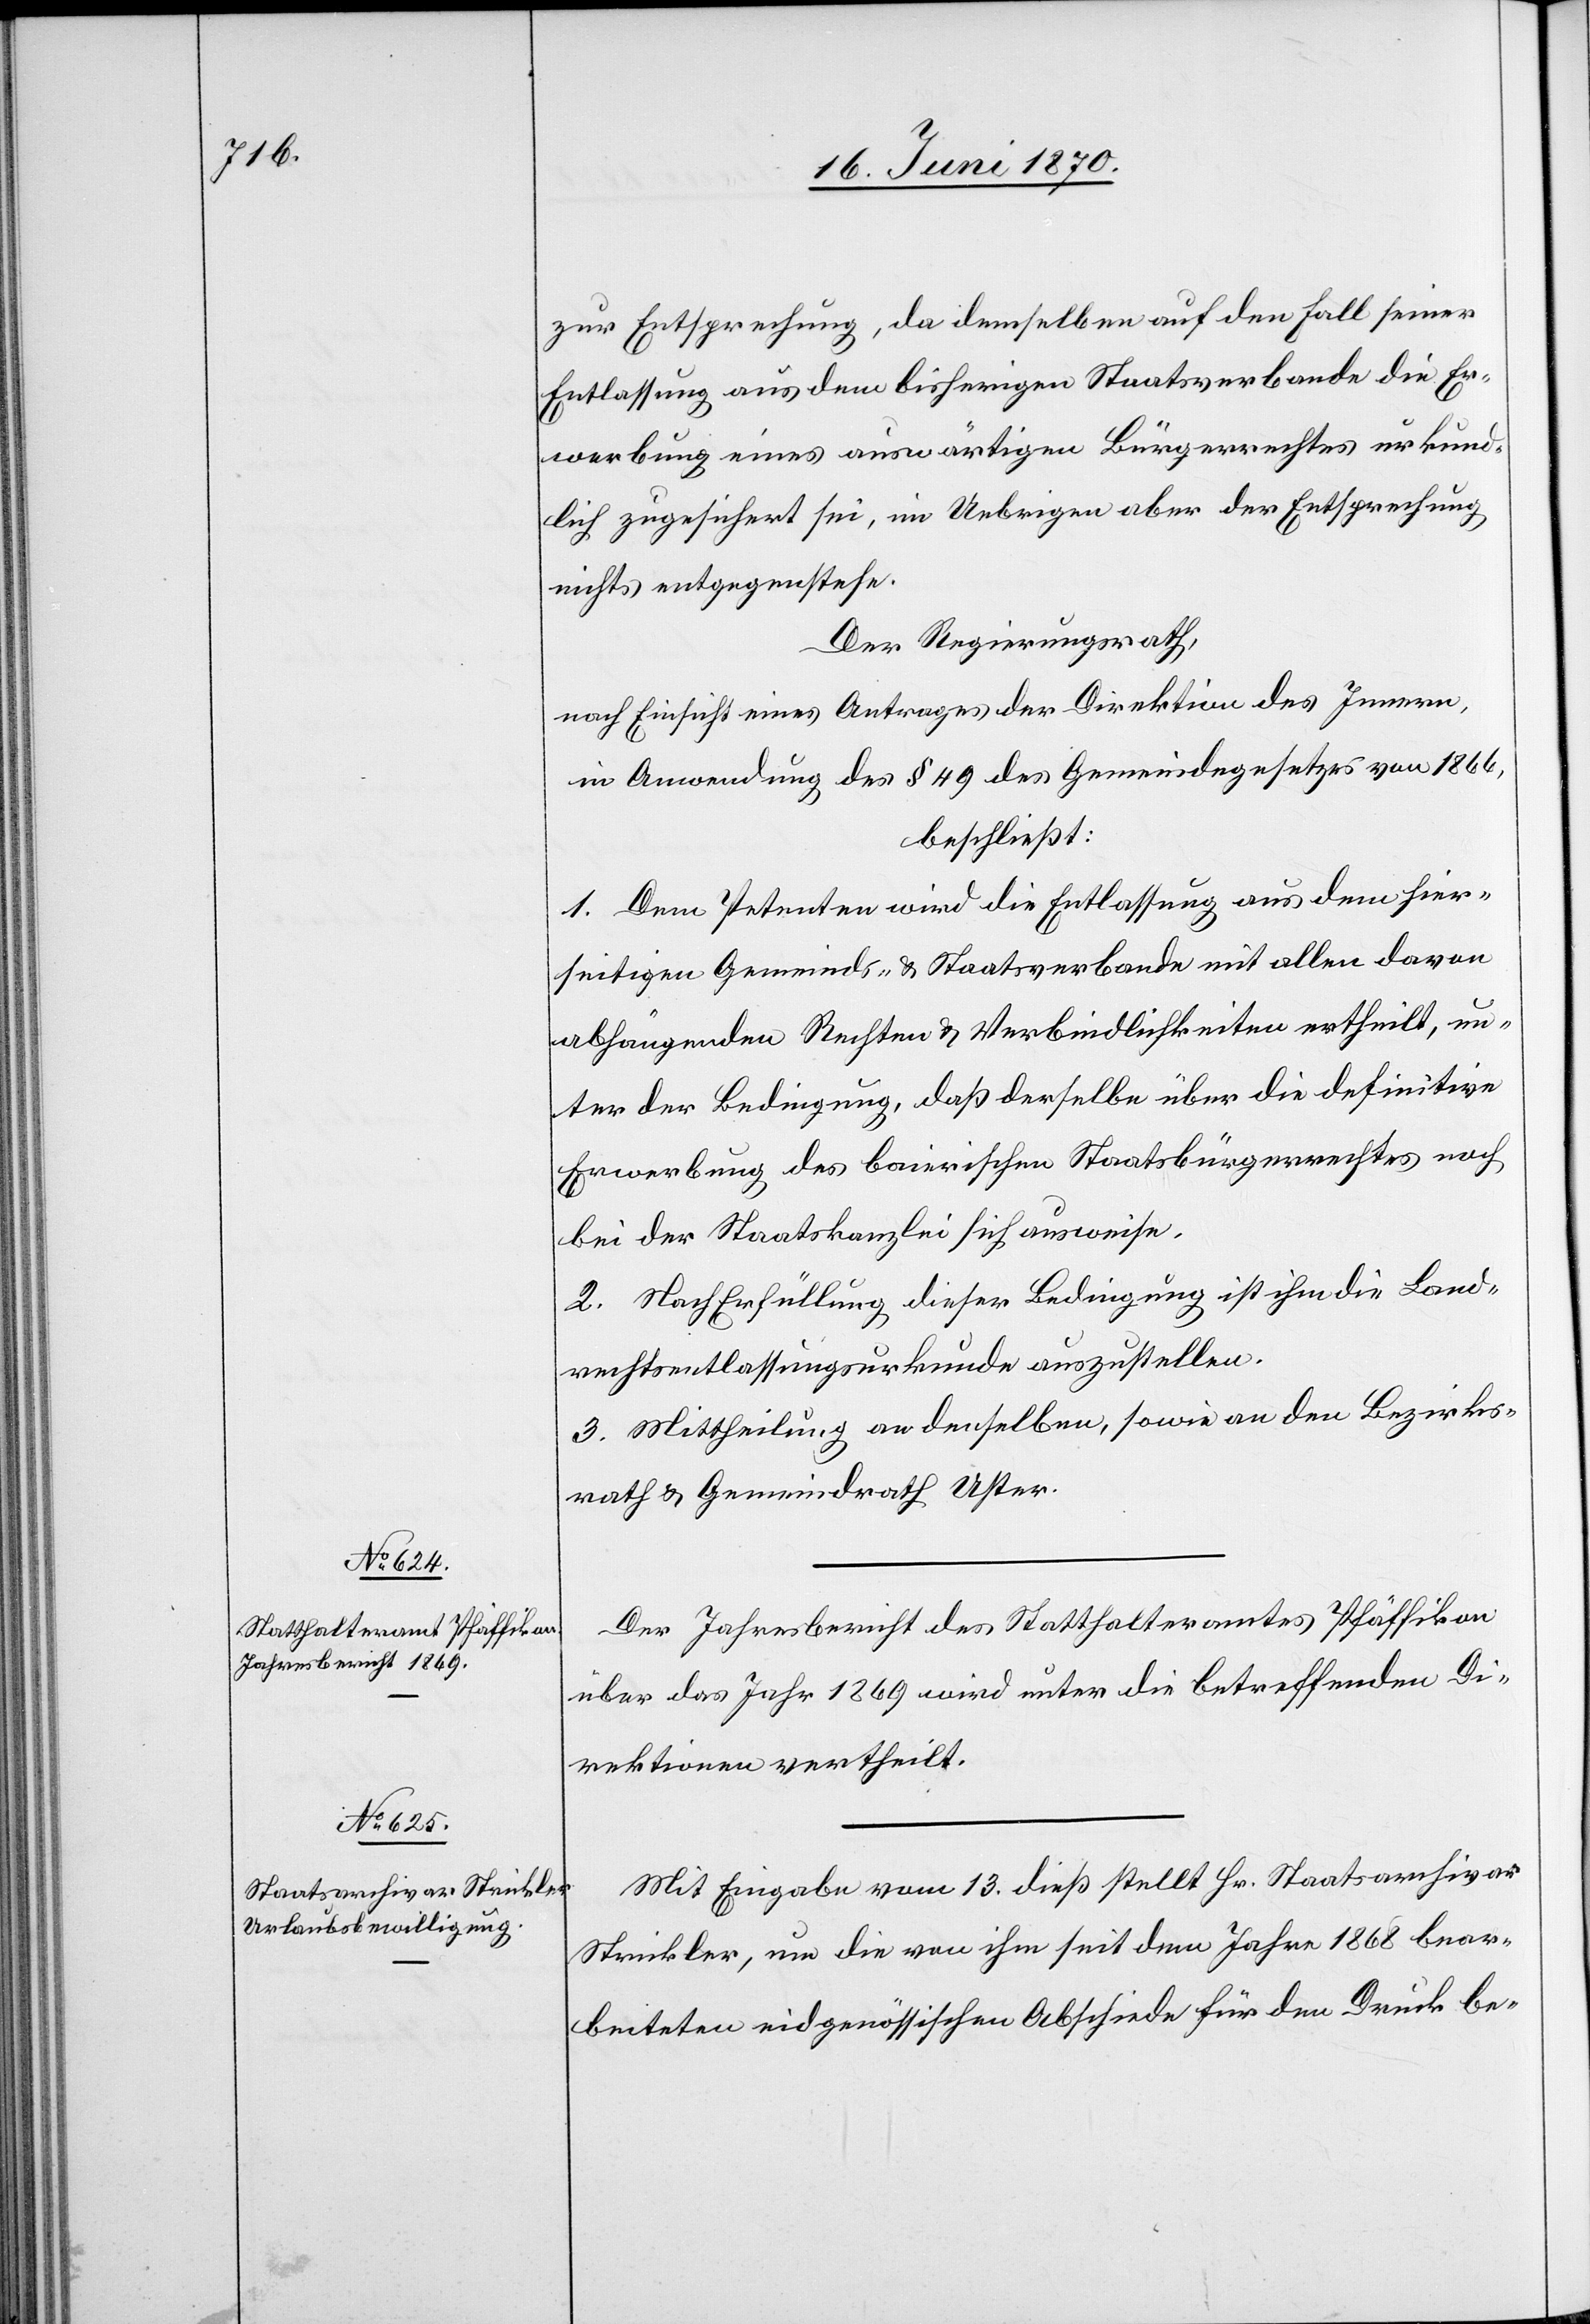
zur Entsprechung, da demselben auf den Fall seiner
Entlassung aus dem bisherigen Staatsverbande die Er¬
werbung eines auswärtigen Bürgerrechtes urkund¬
lich zugesichert sei, im Uebrigen aber der Entsprechung
nichts entgegenstehe.
Der Regierungsrath,
nach Einsicht eines Antrages der Direktion des Innern,
in Anwendung des § 49 des Gemeindegesetzes von 1866,
beschließt:
1. Dem Petenten wird die Entlassung aus dem hier¬
seitigen Gemeinds- & Staatsverbande mit allen davon
abhängenden Rechten & Verbindlichkeiten ertheilt, un¬
ter der Bedingung, daß derselbe über die definitive
Erwerbung des baierischen Staatsbürgerrechts noch
bei der Staatskanzlei sich ausweise.
2. Nach Erfüllung dieser Bedingungen ist ihm die Land¬
rechtsentlassungsurkunde auszustellen.
3. Mittheilung an denselben, sowie an den Bezirks¬
rath & Gemeindrath Uster.
Der Jahresbericht des Statthalteramtes Pfäffikon
über das Jahr 1869 wird unter die betreffenden Di¬
rektionen vertheilt.
Mit Eingabe vom 13. dieß stellt Hr. Staatsarchivar
Strickler, um die von ihm seit dem Jahre 1868 bear¬
beiteten eidgenössischen Abschiede für den Druck be-